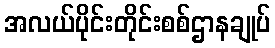
အလယ်ပိုင်းတိုင်းစစ်ဌာနချုပ်